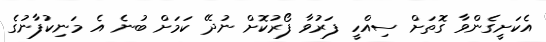
އެކަށީގެންވާ ގޮތަށް ސިއްހީ ފަރުވާ ފޯރުކޮށް ނުދޭ ކަމަށް ބުނެ އެ މަނިކުފާނުގެ